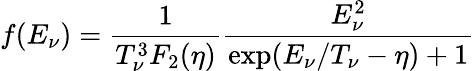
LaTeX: f(E_{\nu})={\frac{1}{T_{\nu}^{3}F_{2}(\eta)}}{\frac{E_{\nu}^{2}}{\exp(E_{\nu}/T_{\nu}-\eta)+1}}